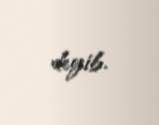
deyib.